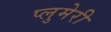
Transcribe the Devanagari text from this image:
प्लुमेरी